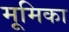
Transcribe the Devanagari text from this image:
मूमिका